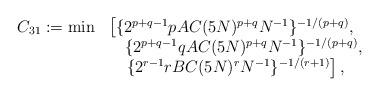
LaTeX: \begin{align*}\begin{array}{ll}C_{31}:=\min&\left[\{2^{p+q-1}pAC(5N)^{p+q}N^{-1}\}^{-1/(p+q)},\right.\\&\quad\{2^{p+q-1}qAC(5N)^{p+q}N^{-1}\}^{-1/(p+q)},\\&\quad\left.\{2^{r-1}rBC(5N)^rN^{-1}\}^{-1/(r+1)}\right],\end{array}\end{align*}